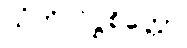
သံကိလိဋ္ဌစိတ္တော